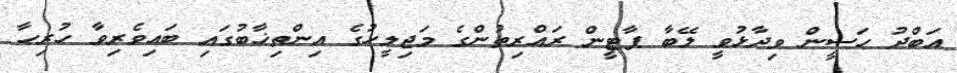
އަބްދު ހަސީން ވިދާޅުވީ ލޭބާ ޕާޓީން ރައްރިތުންގެ މަޖިލީހުގެ އިންތިޚާބުގައި ބައިވެރިވާ ހުރިހާ